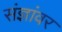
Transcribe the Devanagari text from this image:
संज्ञांवर